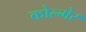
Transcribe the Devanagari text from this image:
कोल्मेर